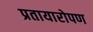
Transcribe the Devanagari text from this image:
प्रतायारोपण